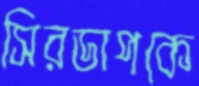
সিরডাপকে